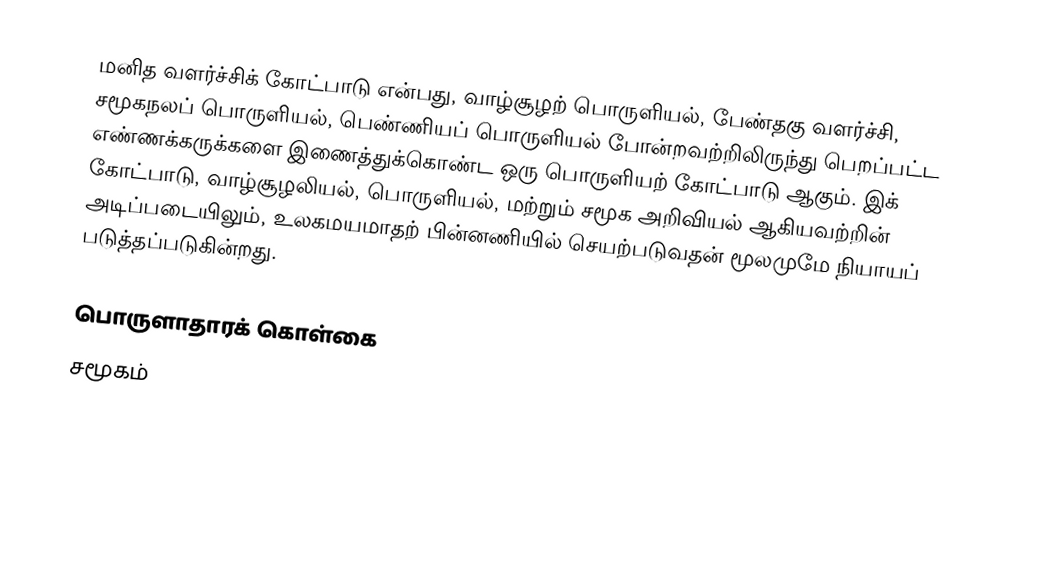
மனித வளர்ச்சிக் கோட்பாடு என்பது, வாழ்சூழற் பொருளியல், பேண்தகு வளர்ச்சி, சமூகநலப் பொருளியல், பெண்ணியப் பொருளியல் போன்றவற்றிலிருந்து பெறப்பட்ட எண்ணக்கருக்களை இணைத்துக்கொண்ட ஒரு பொருளியற் கோட்பாடு ஆகும். இக் கோட்பாடு, வாழ்சூழலியல், பொருளியல், மற்றும் சமூக அறிவியல் ஆகியவற்றின் அடிப்படையிலும், உலகமயமாதற் பின்னணியில் செயற்படுவதன் மூலமுமே நியாயப் படுத்தப்படுகின்றது.

பொருளாதாரக் கொள்கை
சமூகம்